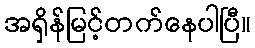
အရှိန်မြင့်တက်နေပါပြီ။